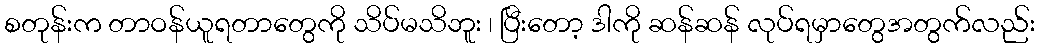
စတုန်းက တာဝန်ယူရတာတွေကို သိပ်မသိဘူး ၊ ပြီးတော့ ဒါကို ဆန်ဆန် လုပ်ရမှာတွေအတွက်လည်း